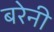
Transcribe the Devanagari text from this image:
बरेनी